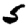
Digit: 5